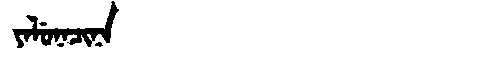
Manchu: ᠶᠠᠯᡠᠨᠠᠴᡳᠨᠠ
Romanization: YALUNACINA